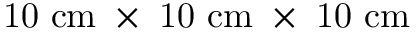
\mathrm { 1 0 ~ c m ~ \times ~ 1 0 ~ c m ~ \times ~ 1 0 ~ c m }